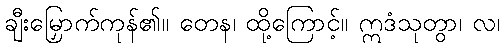
ချီးမြှောက်ကုန်၏။ တေန၊ ထို့ကြောင့်။ ဣဒံသုတွာ၊ လ၊